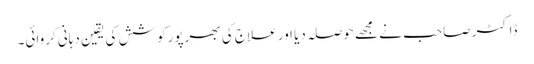
ڈاکٹر صاحب نے مجھے حوصلہ دیا اور علاج کی بھرپور کوشش کی یقین دہانی کروائی۔